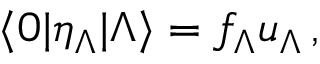
\langle 0 | \eta _ { \Lambda } | \Lambda \rangle = f _ { \Lambda } u _ { \Lambda } \, ,